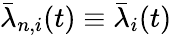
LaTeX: \bar{\lambda}_{n,i}(t)\equiv\bar{\lambda}_{i}(t)